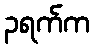
၃ရက်က